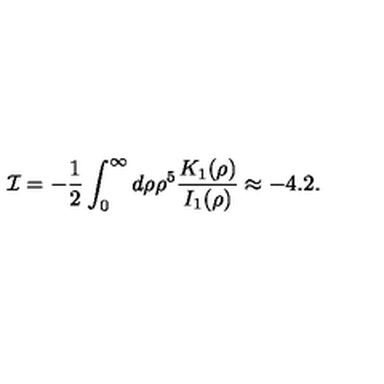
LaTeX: { \cal I } = - { \frac { 1 } { 2 } } \int _ { 0 } ^ { \infty } d \rho \rho ^ { 5 } { \frac { K _ { 1 } ( \rho ) } { I _ { 1 } ( \rho ) } } \approx - 4 . 2 .